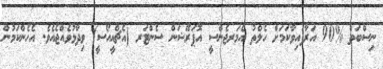
ނިސްބަތް %90 އަރާފައިވާކަމަށް ހެލްތު އެމަރޖެންސީ އޮޕަރޭޝަން ސެންޓަރ (އެޗްއީއޯސީ) ވިދާޅުވެއްޖެއެވެ. އެހެންކަމުން